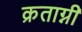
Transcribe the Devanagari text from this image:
क्रताग्नी